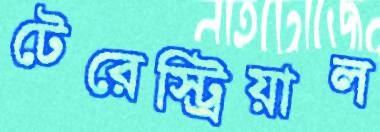
টেরেস্ট্রিয়াল